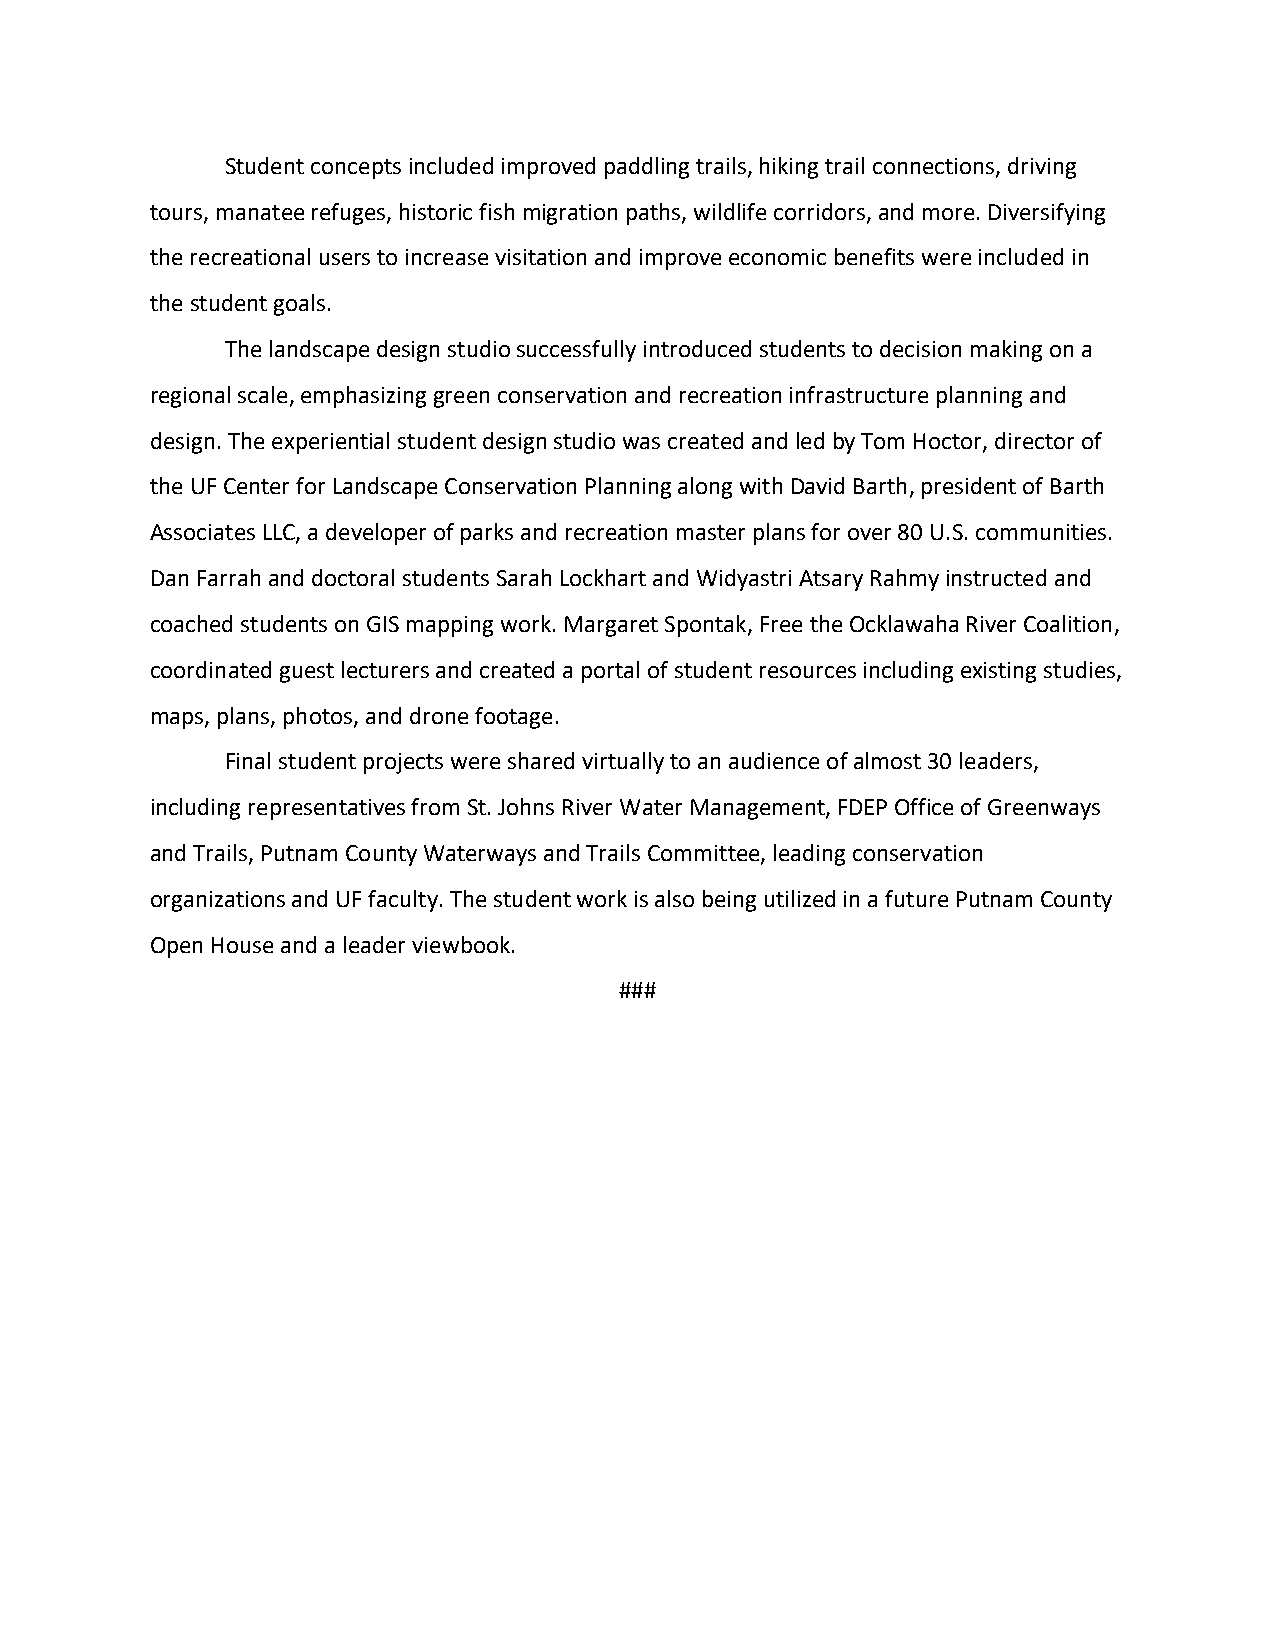
Student concepts included improved paddling trails, hiking trail connections, driving
 tours, manatee refuges, historic fish migration paths, wildlife corridors, and more. Diversifying
 the recreational users to increase visitation and improve economic benefits were included in
 the student goals.
 The landscape design studio successfully introduced students to decision making on a
 regional scale, emphasizing green conservation and recreation infrastructure planning and
 design. The experiential student design studio was created and led by Tom Hoctor, director of
 the UF Center for Landscape Conservation Planning along with David Barth, president of Barth
 Associates LLC, a developer of parks and recreation master plans for over 80 U.S. communities.
 Dan Farrah and doctoral students Sarah Lockhart and Widyastri Atsary Rahmy instructed and
 coached students on GIS mapping work. Margaret Spontak, Free the Ocklawaha River Coalition,
 coordinated guest lecturers and created a portal of student resources including existing studies,
 maps, plans, photos, and drone footage.
 Final student projects were shared virtually to an audience of almost 30 leaders,
 including representatives from St. Johns River Water Management, FDEP Office of Greenways
 and Trails, Putnam County Waterways and Trails Committee, leading conservation
 organizations and UF faculty. The student work is also being utilized in a future Putnam County
 Open House and a leader viewbook.
 ###